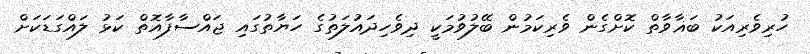
ހުރިވެރިއަކު ބަޣާވާތް ކޮށްގެން ވެރިކަމުން ބޭލުވުމަކީ ދިވެހިދައުލަތުގެ ހަޔާާތުގައި ޖައްސާފާއޮތް ކަޅު ލައްގަޑަކަށް